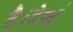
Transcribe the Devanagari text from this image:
है।देखें